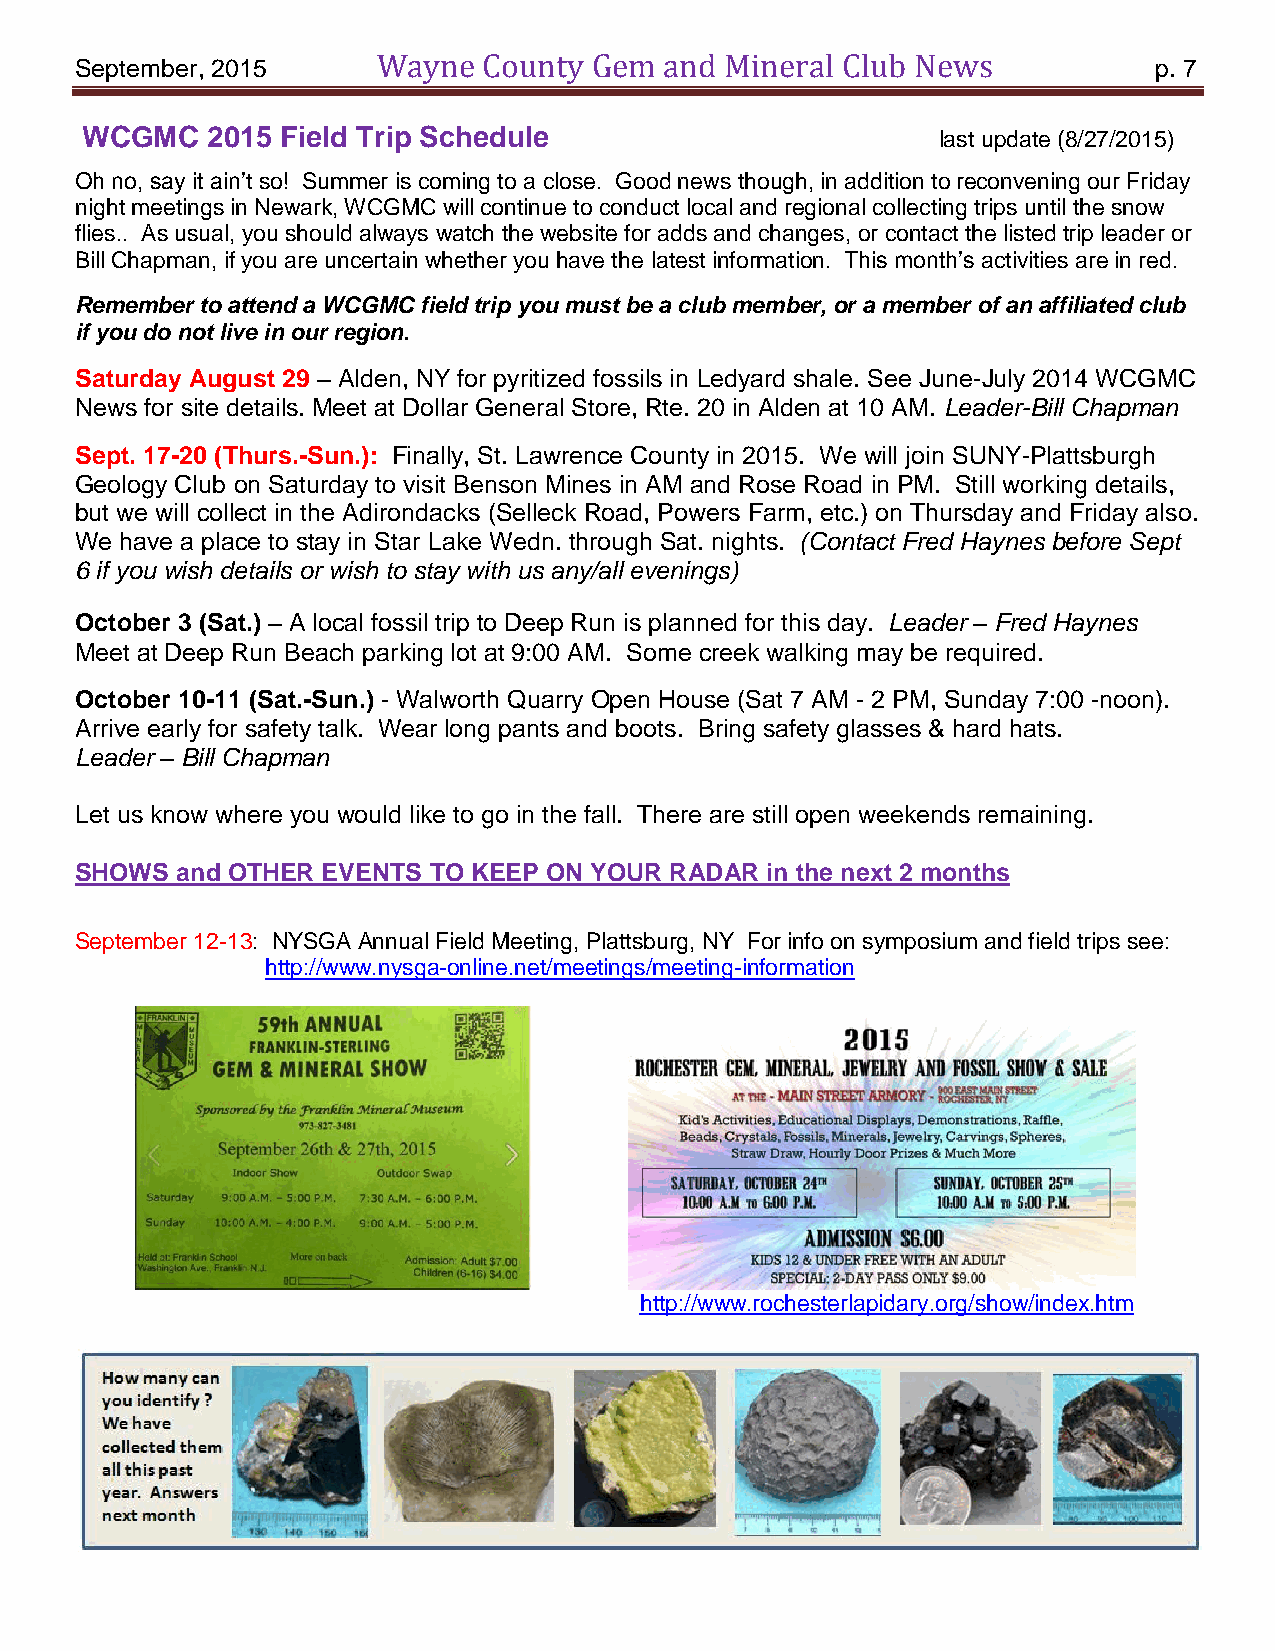
September, 2015     Wayne  County Gem  and Mineral Club News           p. 7
 WCGMC    2015 Field Trip Schedule                        last update (8/27/2015)
 Oh no, say it ain’t so! Summer is coming to a close. Good news though, in addition to reconvening our Friday
 night meetings in Newark, WCGMC will continue to conduct local and regional collecting trips until the snow
 flies.. As usual, you should always watch the website for adds and changes, or contact the listed trip leader or
 Bill Chapman, if you are uncertain whether you have the latest information. This month’s activities are in red.
 Remember to attend a WCGMC field trip you must be a club member, or a member of an affiliated club
 if you do not live in our region.
 Saturday August 29 – Alden, NY for pyritized fossils in Ledyard shale. See June-July 2014 WCGMC
 News for site details. Meet at Dollar General Store, Rte. 20 in Alden at 10 AM. Leader-Bill Chapman
 Sept. 17-20 (Thurs.-Sun.): Finally, St. Lawrence County in 2015. We will join SUNY-Plattsburgh
 Geology Club on Saturday to visit Benson Mines in AM and Rose Road in PM. Still working details,
 but we will collect in the Adirondacks (Selleck Road, Powers Farm, etc.) on Thursday and Friday also.
 We have a place to stay in Star Lake Wedn. through Sat. nights. (Contact Fred Haynes before Sept
 6 if you wish details or wish to stay with us any/all evenings)
 October 3 (Sat.) – A local fossil trip to Deep Run is planned for this day. Leader – Fred Haynes
 Meet at Deep Run Beach parking lot at 9:00 AM. Some creek walking may be required.
 October 10-11 (Sat.-Sun.) - Walworth Quarry Open House (Sat 7 AM - 2 PM, Sunday 7:00 -noon).
 Arrive early for safety talk. Wear long pants and boots. Bring safety glasses & hard hats.
 Leader – Bill Chapman
 Let us know where you would like to go in the fall. There are still open weekends remaining.
 SHOWS  and OTHER EVENTS TO KEEP ON YOUR RADAR in the next 2 months
 September 12-13: NYSGA Annual Field Meeting, Plattsburg, NY For info on symposium and field trips see:
 http://www.nysga-online.net/meetings/meeting-information
 http://www.rochesterlapidary.org/show/index.htm